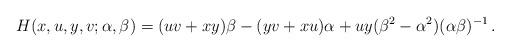
LaTeX: \begin{align*}H(x,u,y,v;\alpha,\beta)=(uv+xy)\beta-(yv+xu)\alpha+uy(\beta^2-\alpha^2)(\alpha\beta)^{-1}\,.\end{align*}